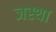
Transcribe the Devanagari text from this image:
जस्था